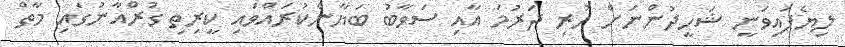
ލިޔެފައިވަނީ ޝަހީދުންނަށް ހުރި ދަރުމަ އާއި ސަވާބު ބަޔާންކުރައްވައި ކީރިތި ގުރްއާނުގައި މާތް